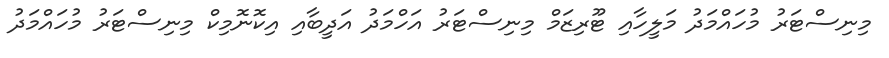
މިނިސްޓަރު މުހައްމަދު މަލީހާއި ޓޫރިޒަމް މިނިސްޓަރު އަހްމަދު އަދީބާއި އިކޮނޮމިކް މިނިސްޓަރު މުހައްމަދު